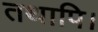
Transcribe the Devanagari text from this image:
तथापि।